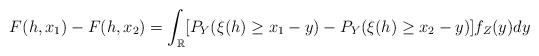
LaTeX: \begin{align*}F(h,x_1)- F(h,x_2)= \int_{\mathbb{R}}[P_Y(\xi(h) \ge x_1-y)- P_Y(\xi(h) \ge x_2-y)]f_Z(y)dy \end{align*}